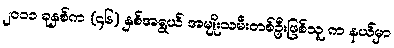
၂၀၁၁ ခုနှစ်က (၄၆) နှစ်အရွယ် အမျိုးသမီးတစ်ဦးဖြစ်သူ က နယ်မှာ